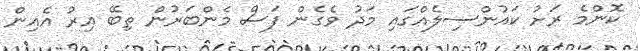
ކޮންމެ ރަށު ކައުންސިލެއްގައި މަދު ވެގެން ފަސް މެންބަރުން ތިބޭ އިރު އެއިން